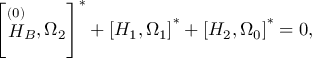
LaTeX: \left[ \stackrel { \left( 0 \right) } { H } _ { B } , \Omega _ { 2 } \right] ^ { * } + \left[ H _ { 1 } , \Omega _ { 1 } \right] ^ { * } + \left[ H _ { 2 } , \Omega _ { 0 } \right] ^ { * } = 0 ,